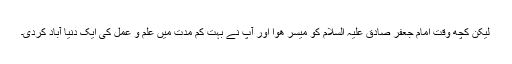
لیکن کچھ وقت امام جعفر صادق علیہ السلام کو میسر ھوا اور آپ نے بہت کم مدت میں علم و عمل کی ایک دنیا آباد کردی۔